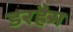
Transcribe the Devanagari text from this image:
डरहैम